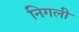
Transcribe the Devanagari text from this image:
निगली